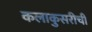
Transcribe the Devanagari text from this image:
कलाकुसरीची